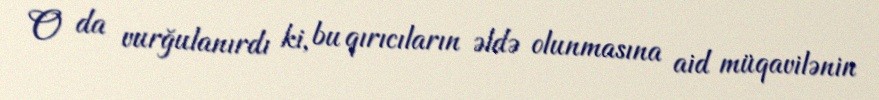
O da vurğulanırdı ki, bu qırıcıların əldə olunmasına aid müqavilənin